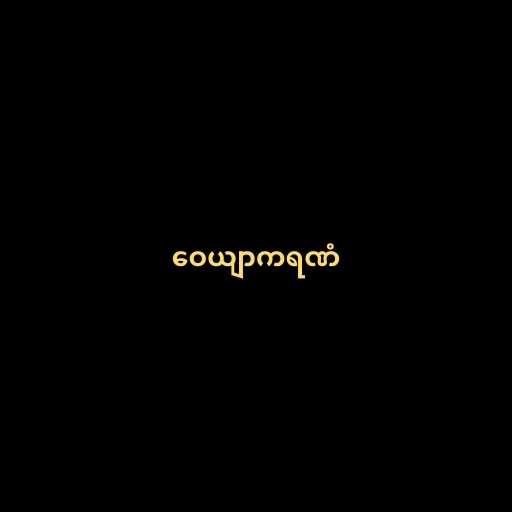
ဝေယျာကရဏံ